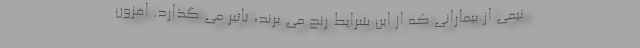
نیمی از بیمارانی که از این شرایط رنج می برند، تاثیر می گذارد. افزون